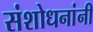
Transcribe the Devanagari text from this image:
संशोधनांनी